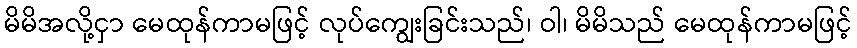
မိမိအလို့ငှာ မေထုန်ကာမဖြင့် လုပ်ကျွေးခြင်းသည်၊ ဝါ၊ မိမိသည် မေထုန်ကာမဖြင့်